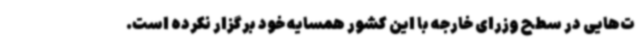
ت‌هایی در سطح وزرای خارجه با این کشور همسایه خود برگزار نکرده است.